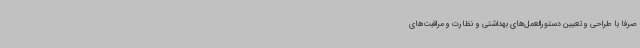
صرفا با طراحی و تعیین دستورالعمل‌های بهداشتی و نظارت و مراقبت‌های